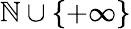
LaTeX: \mathbb{N}\cup\lbrace+\infty\rbrace